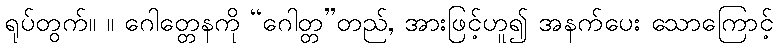
ရုပ်တွက်။ ။ ဂေါတ္တေနကို “ဂေါတ္တ”တည်, အားဖြင့်ဟူ၍ အနက်ပေး သောကြောင့်